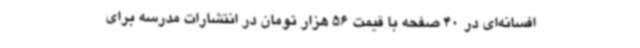
افسانه‌ای در 40 صفحه با قیمت 56 هزار تومان در انتشارات مدرسه برای